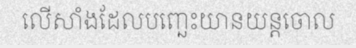
លើសាំងដែលបញ្ឆេះយានយន្តចោល